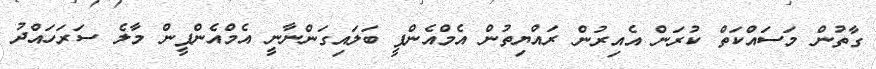
ގާތުން މަސައްކަތް ކުރަން އެއިރުން ރައްޔިތުން އެމްއެންޕީ ބަލައިގަންނާނީ އެމްއެންޕީން މާލެ ސަރަހައްދު